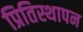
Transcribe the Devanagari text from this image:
प्रितिस्थापन